Indian journal of veterinary science and animal husbandry - Volume 5,
Year: 1935
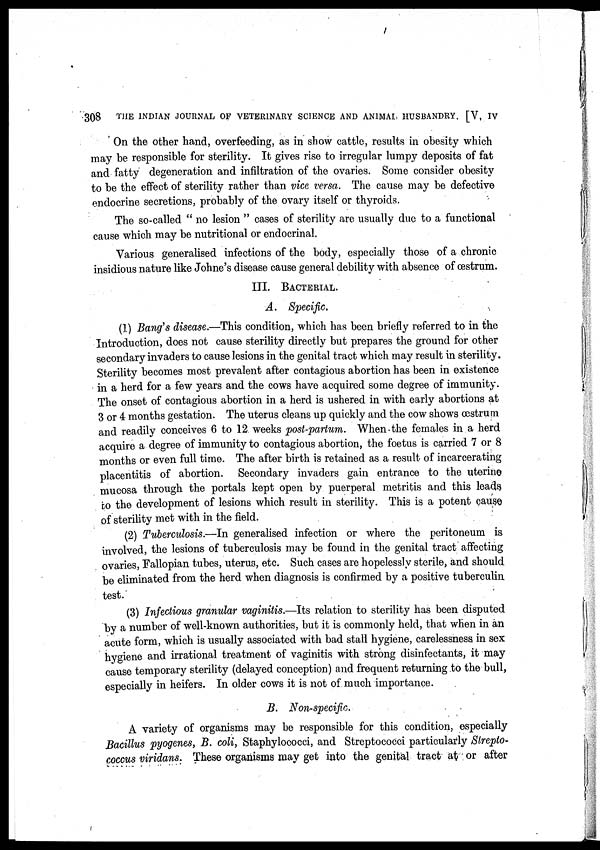
308
THE INDIAN JOURNAL OF VETERINARY SCIENCE AND ANIMAL HUSBANDRY. [V, IV
On the other hand, overfeeding, as in show cattle, results in obesity which
may be responsible for sterility. It gives rise to irregular lumpy deposits of fat
and fatty degeneration and infiltration of the ovaries. Some consider obesity
to be the effect of sterility rather than vice versa. The cause may be defective
endocrine secretions, probably of the ovary itself or thyroids.
The so-called " no lesion " cases of sterility are usually due to a functional
cause which may be nutritional or endocrinal.
Various generalised infections of the body, especially those of a chronic
insidious nature like Johne's disease cause general debility with absence of œstrum.
III. BACTERIAL.
A. Specific.
(1) Bang's disease.—This condition, which has been briefly referred to in the
Introduction, does not cause sterility directly but prepares the ground for other
secondary invaders to cause lesions in the genital tract which may result in sterility.
Sterility becomes most prevalent after contagious abortion has been in existence
in a herd for a few years and the cows have acquired some degree of immunity.
The onset of contagious abortion in a herd is ushered in with early abortions at
3 or 4 months gestation. The uterus cleans up quickly and the cow shows œstrum
and readily conceives 6 to 12 weeks post-partum. When the females in a herd
acquire a degree of immunity to contagious abortion, the foetus is carried 7 or 8
months or even full time. The after birth is retained as a result of incarcerating
placentitis of abortion. Secondary invaders gain entrance to the uterine
mucosa through the portals kept open by puerperal metritis and this leads
to the development of lesions which result in sterility. This is a potent cause
of sterility met with in the field.
(2) Tuberculosis.—In generalised infection or where the peritoneum is
involved, the lesions of tuberculosis may be found in the genital tract affecting
ovaries, Fallopian tubes, uterus, etc. Such cases are hopelessly sterile, and should
be eliminated from the herd when diagnosis is confirmed by a positive tuberculin
test.
(3) Infectious granular vaginitis.—Its relation to sterility has been disputed
by a number of well-known authorities, but it is commonly held, that when in an
acute form, which is usually associated with bad stall hygiene, carelessness in sex
hygiene and irrational treatment of vaginitis with strong disinfectants, it may
cause temporary sterility (delayed conception) and frequent returning to the bull,
especially in heifers. In older cows it is not of much importance.
B. Non-specific.
A variety of organisms may be responsible for this condition, especially
Bacillus pyogenes, B. coli, Staphylococci, and Streptococci particularly Strepto-
coccus viridans. These organisms may get into the genital tract at or after